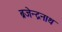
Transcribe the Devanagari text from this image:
ब्रजेन्द्रनाथ